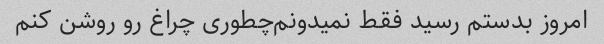
امروز بدستم رسید فقط نمیدونم‌چطوری چراغ رو روشن کنم‌